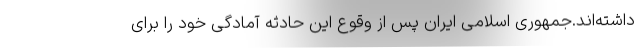
داشته‌اند.جمهوری اسلامی ایران پس از وقوع این حادثه آمادگی خود را برای